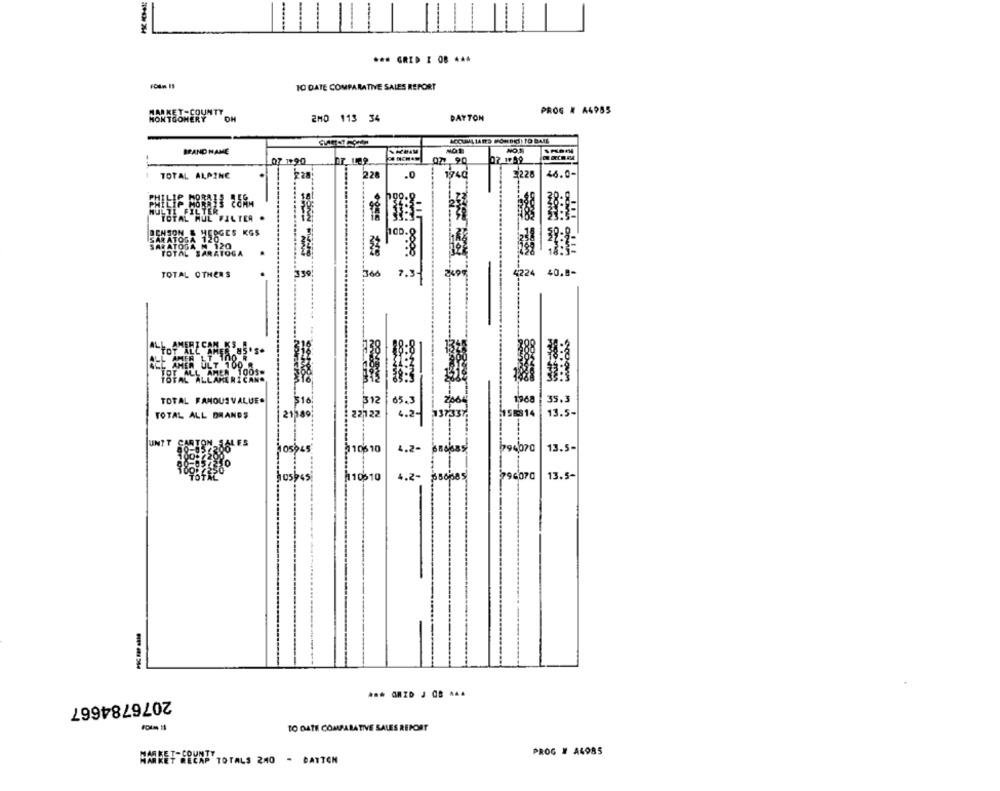
THEN744
-----
*** GRID I OB ...
TO DATE COMPARATIVE SALES REPORT
MARKET-COUNTY
PROG # A4985
MONTGOMERY
OH
2M0 113 34
DATTON
BRAND NAME
NO.5
07.1059
07 1:90
027 90
TOTAL ALPINE
228
.0
1940
3228
46.0-
25
ULT
FILTER
TOTAL HUL FILTER .
SARATOGA 120.
OCHSON & MERGES KGS
SARATOGA N 120
10
TOTAL SARATOGA
TOTAL OTHERS
366
7.3
1224 40.8-
TOTAL FAMOUS VALUE.
$10
312
65.3
35,3
200
TOTAL ALL BRANDS
21,89
22122
4 .2 -
158314
13.5-
UNTT
05/945
10$ 10
13.5-
4.2.
10010
13.5-
boshes
4.2-
ssops
--- 4
2076784667
TO DATE COMPARATIVE SALES REPORT
PROG # A4985
MARKET MECAP T
AF TOTALS 240 - DAYTON